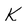
Character: K